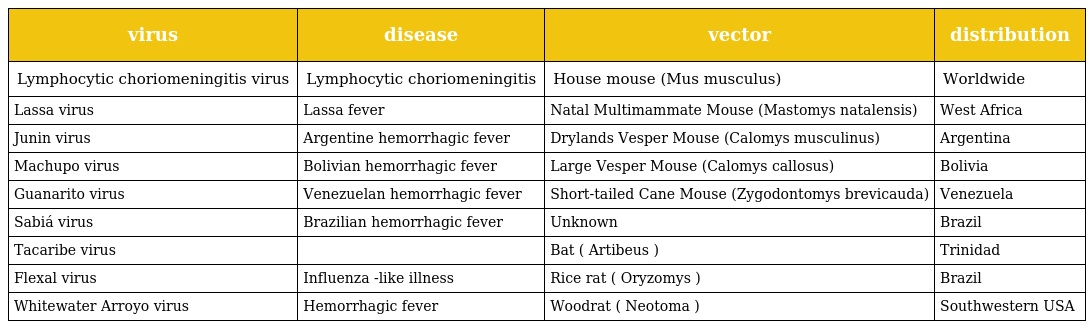
| virus | disease | vector | distribution |
 | --- | --- | --- | --- |
 | Lymphocytic choriomeningitis virus | Lymphocytic choriomeningitis | House mouse (Mus musculus) | Worldwide |
 | Lassa virus | Lassa fever | Natal Multimammate Mouse (Mastomys natalensis) | West Africa |
 | Junin virus | Argentine hemorrhagic fever | Drylands Vesper Mouse (Calomys musculinus) | Argentina |
 | Machupo virus | Bolivian hemorrhagic fever | Large Vesper Mouse (Calomys callosus) | Bolivia |
 | Guanarito virus | Venezuelan hemorrhagic fever | Short-tailed Cane Mouse (Zygodontomys brevicauda) | Venezuela |
 | Sabiá virus | Brazilian hemorrhagic fever | Unknown | Brazil |
 | Tacaribe virus |  | Bat ( Artibeus ) | Trinidad |
 | Flexal virus | Influenza -like illness | Rice rat ( Oryzomys ) | Brazil |
 | Whitewater Arroyo virus | Hemorrhagic fever | Woodrat ( Neotoma ) | Southwestern USA |